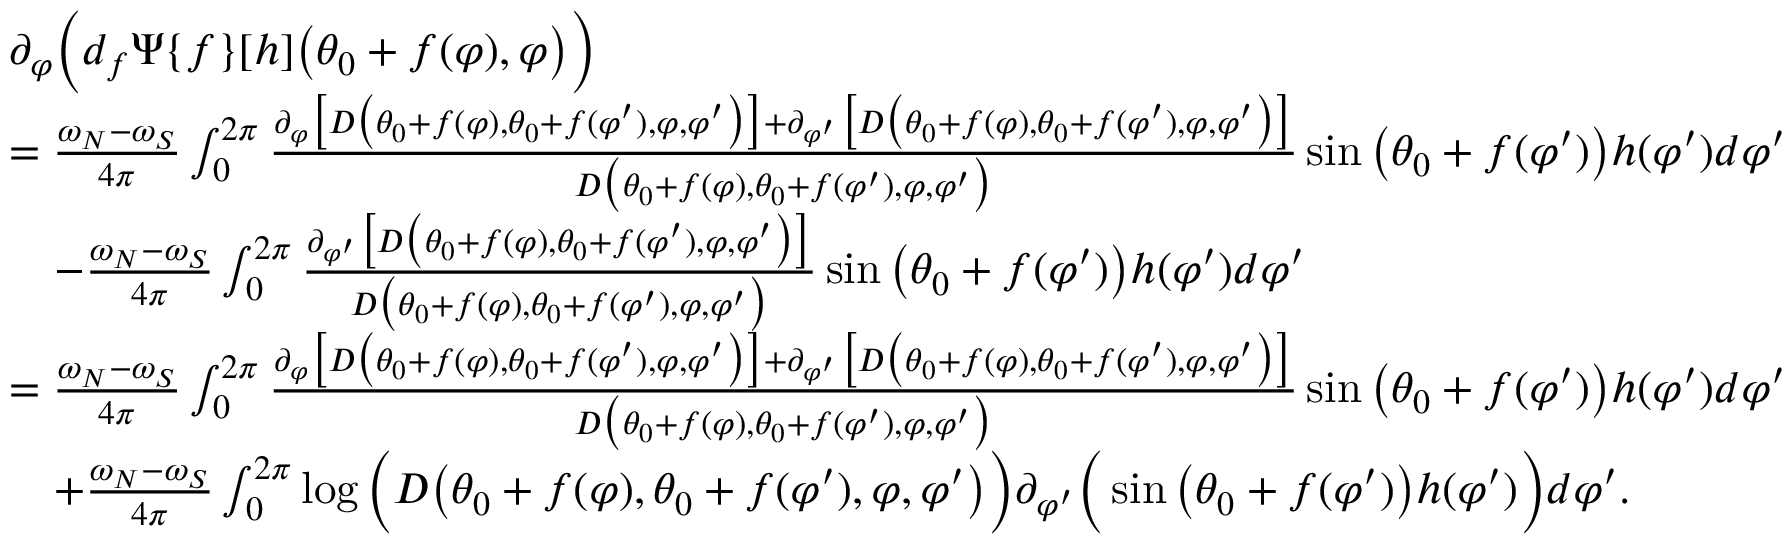
\begin{array} { r l } & { \partial _ { \varphi } \Big ( d _ { f } \Psi \{ f \} [ h ] \big ( \theta _ { 0 } + f ( \varphi ) , \varphi \big ) \Big ) } \\ & { = \frac { \omega _ { N } - \omega _ { S } } { 4 \pi } \int _ { 0 } ^ { 2 \pi } \frac { \partial _ { \varphi } \big [ D \big ( \theta _ { 0 } + f ( \varphi ) , \theta _ { 0 } + f ( \varphi ^ { \prime } ) , \varphi , \varphi ^ { \prime } \big ) \big ] + \partial _ { \varphi ^ { \prime } } \big [ D \big ( \theta _ { 0 } + f ( \varphi ) , \theta _ { 0 } + f ( \varphi ^ { \prime } ) , \varphi , \varphi ^ { \prime } \big ) \big ] } { D \big ( \theta _ { 0 } + f ( \varphi ) , \theta _ { 0 } + f ( \varphi ^ { \prime } ) , \varphi , \varphi ^ { \prime } \big ) } \sin \big ( \theta _ { 0 } + f ( \varphi ^ { \prime } ) \big ) h ( \varphi ^ { \prime } ) d \varphi ^ { \prime } } \\ & { \quad - \frac { \omega _ { N } - \omega _ { S } } { 4 \pi } \int _ { 0 } ^ { 2 \pi } \frac { \partial _ { \varphi ^ { \prime } } \big [ D \big ( \theta _ { 0 } + f ( \varphi ) , \theta _ { 0 } + f ( \varphi ^ { \prime } ) , \varphi , \varphi ^ { \prime } \big ) \big ] } { D \big ( \theta _ { 0 } + f ( \varphi ) , \theta _ { 0 } + f ( \varphi ^ { \prime } ) , \varphi , \varphi ^ { \prime } \big ) } \sin \big ( \theta _ { 0 } + f ( \varphi ^ { \prime } ) \big ) h ( \varphi ^ { \prime } ) d \varphi ^ { \prime } } \\ & { = \frac { \omega _ { N } - \omega _ { S } } { 4 \pi } \int _ { 0 } ^ { 2 \pi } \frac { \partial _ { \varphi } \big [ D \big ( \theta _ { 0 } + f ( \varphi ) , \theta _ { 0 } + f ( \varphi ^ { \prime } ) , \varphi , \varphi ^ { \prime } \big ) \big ] + \partial _ { \varphi ^ { \prime } } \big [ D \big ( \theta _ { 0 } + f ( \varphi ) , \theta _ { 0 } + f ( \varphi ^ { \prime } ) , \varphi , \varphi ^ { \prime } \big ) \big ] } { D \big ( \theta _ { 0 } + f ( \varphi ) , \theta _ { 0 } + f ( \varphi ^ { \prime } ) , \varphi , \varphi ^ { \prime } \big ) } \sin \big ( \theta _ { 0 } + f ( \varphi ^ { \prime } ) \big ) h ( \varphi ^ { \prime } ) d \varphi ^ { \prime } } \\ & { \quad + \frac { \omega _ { N } - \omega _ { S } } { 4 \pi } \int _ { 0 } ^ { 2 \pi } \log \Big ( D \big ( \theta _ { 0 } + f ( \varphi ) , \theta _ { 0 } + f ( \varphi ^ { \prime } ) , \varphi , \varphi ^ { \prime } \big ) \Big ) \partial _ { \varphi ^ { \prime } } \Big ( \sin \big ( \theta _ { 0 } + f ( \varphi ^ { \prime } ) \big ) h ( \varphi ^ { \prime } ) \Big ) d \varphi ^ { \prime } . } \end{array}